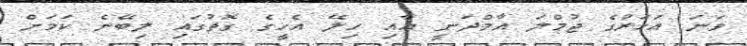
ވަނަ އަހަރުގެ ޖުމްލަ އާމްދަނީ އާއި ހިލޭ އެހީގެ ގޮތުގައި ލިބޭނެ ކަމަށް